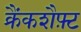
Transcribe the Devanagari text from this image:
क्रैंकशैफ़्ट